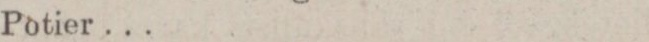
Potier ...